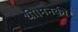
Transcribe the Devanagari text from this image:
थी।मनकी